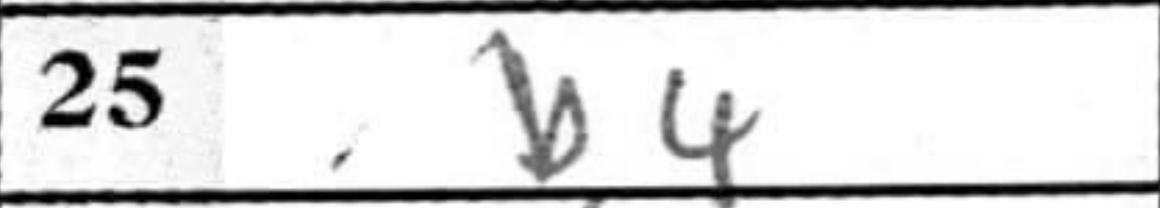
Transcription: b4